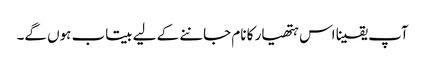
آپ یقینا اس ہتھیار کا نام جاننے کے لیے بیتاب ہوں گے۔